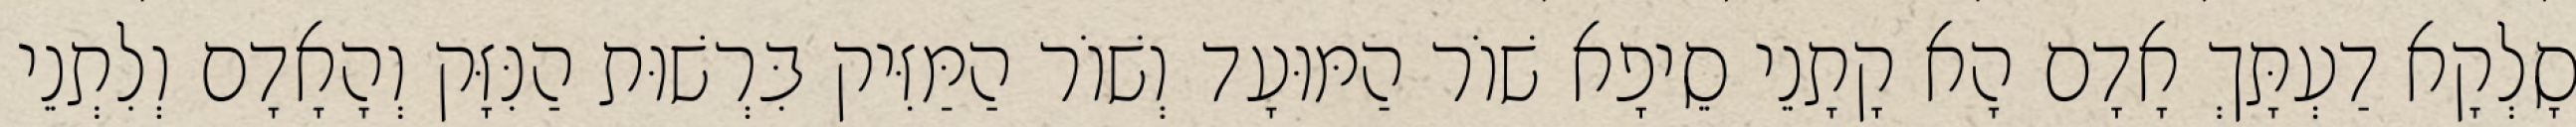
סָלְקָא דַעְתָּךְ אָדָם הָא קָתָנֵי סֵיפָא שׁוֹר הַמּוּעָד וְשׁוֹר הַמַּזִּיק בִּרְשׁוּת הַנִּזָּק וְהָאָדָם וְלִתְנֵי